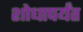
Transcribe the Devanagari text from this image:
शोधापर्यंत